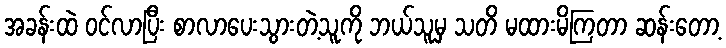
အခန်းထဲ ဝင်လာပြီး စာလာပေးသွားတဲ့သူကို ဘယ်သူမှ သတိ မထားမိကြတာ ဆန်းတော့